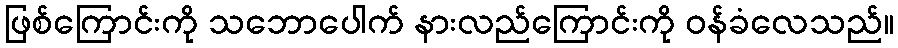
ဖြစ်ကြောင်းကို သဘောပေါက် နားလည်ကြောင်းကို ဝန်ခံလေသည်။